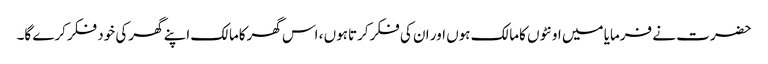
حضرت نے فرمایا میں اونٹوں کامالک ہوں اور ان کی فکرکرتاہوں ، اس گھرکامالک اپنے گھرکی خود فکرکرے گا۔